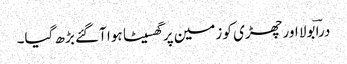
دراؔ بولا اور چھڑی کو زمین پر گھسیٹا ہوا آگئے بڑھ گیا۔